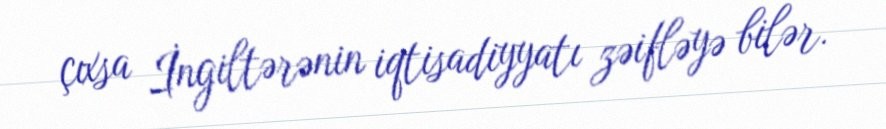
çıxsa İngiltərənin iqtisadiyyatı zəifləyə bilər.